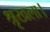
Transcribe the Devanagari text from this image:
श्रृखला।